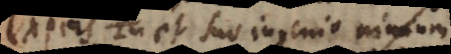
expers, et suo ingenio nimium